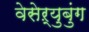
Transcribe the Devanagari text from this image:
वेसेऱ्युबुंग